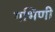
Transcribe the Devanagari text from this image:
गभिणी